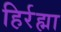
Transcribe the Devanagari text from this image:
हिर्रह्मा